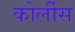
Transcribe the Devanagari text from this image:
कोर्लीस